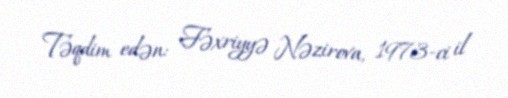
Təqdim edən: Fəxriyyə Nəzirova, 1973-ci il